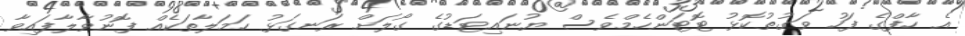
އެ ހާފްގެ ފަހު ވަގުތުކޮޅު ޓޮޓަންހެމްވެސް ޔުނައިޓަޑުގެ ގޯލަށް ރަނގަޅު ހަމަލާތަކެއް ފޮނުވާލާފައިވާ